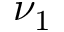
\nu _ { 1 }